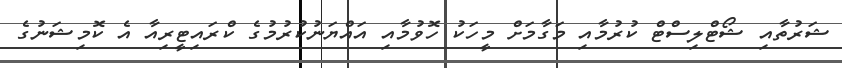
ޝަރުތާއި ޝޯޓްލިސްޓް ކުރުމާއި މަގާމަށް މީހަކު ހޮވުމާއި އައްޔަނުކުރުމުގެ ކްރައިޓީރިއާ އެ ކޮމިޝަނުގެ